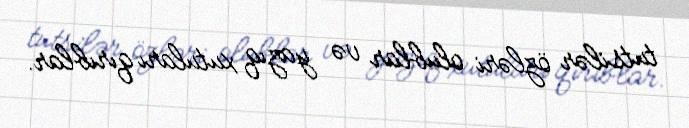
tutsilər özləri olublar və yazıq xutuları qırıblar.